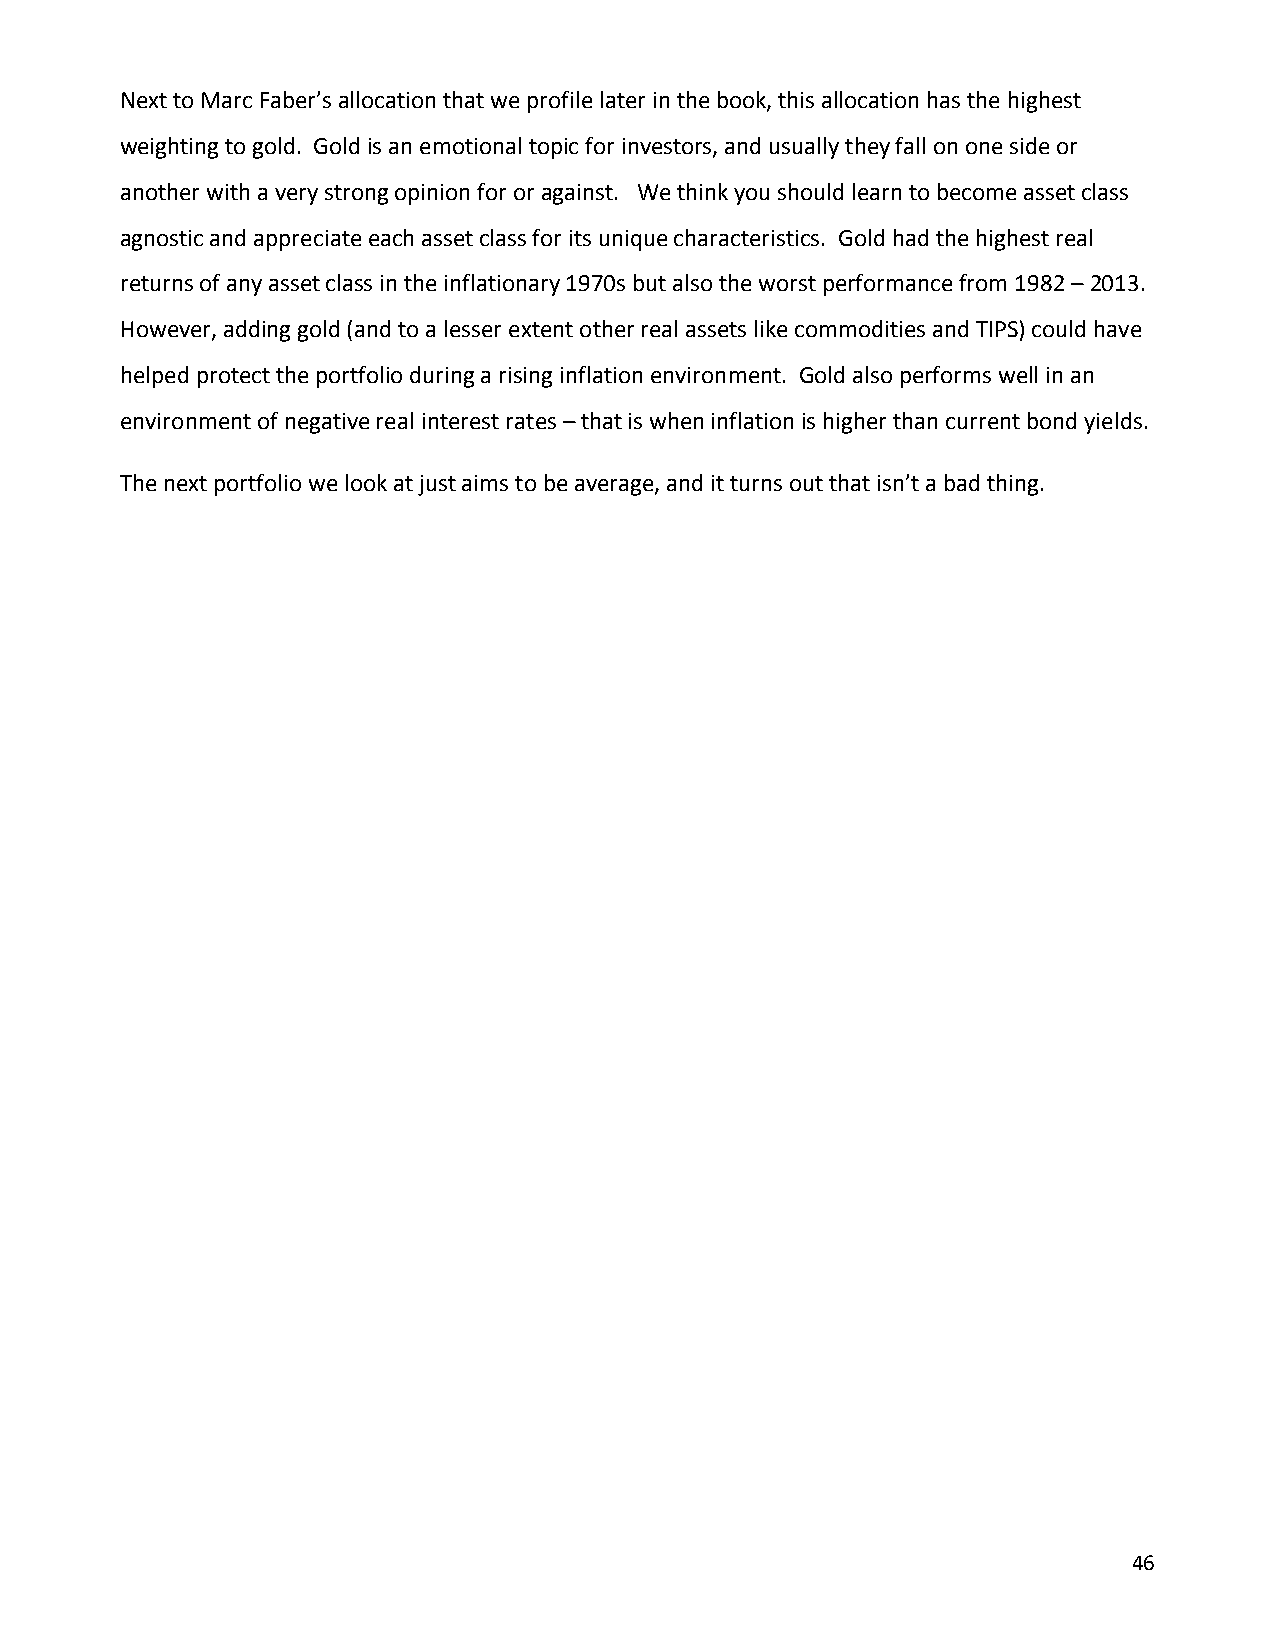
Next to Marc Faber’s allocation that we profile later in the book, this allocation has the highest
 weighting to gold. Gold is an emotional topic for investors, and usually they fall on one side or
 another with a very strong opinion for or against. We think you should learn to become asset class
 agnostic and appreciate each asset class for its unique characteristics. Gold had the highest real
 returns of any asset class in the inflationary 1970s but also the worst performance from 1982 – 2013.
 However, adding gold (and to a lesser extent other real assets like commodities and TIPS) could have
 helped protect the portfolio during a rising inflation environment. Gold also performs well in an
 environment of negative real interest rates – that is when inflation is higher than current bond yields.
 The next portfolio we look at just aims to be average, and it turns out that isn’t a bad thing.
 46